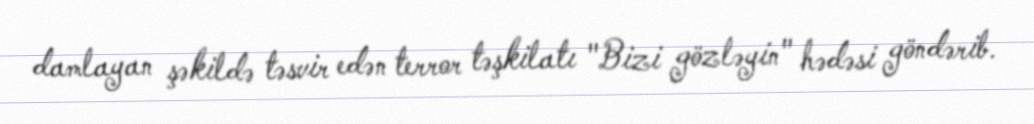
damlayan şəkildə təsvir edən terror təşkilatı "Bizi gözləyin" hədəsi göndərib.